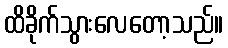
ထိခိုက်သွားလေတော့သည်။